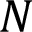
N